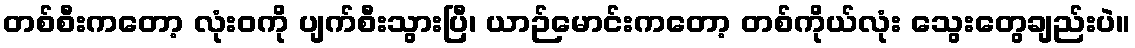
တစ်စီးကတော့ လုံးဝကို ပျက်စီးသွားပြီ၊ ယာဉ်မောင်းကတော့ တစ်ကိုယ်လုံး သွေးတွေချည်းပဲ။